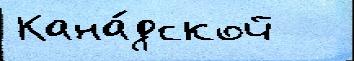
Кана́дской